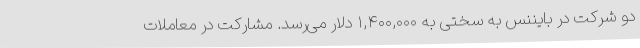
دو شرکت در بایننس به سختی به ۱,۴۰۰,۰۰۰ دلار می‌رسد. مشارکت در معاملات